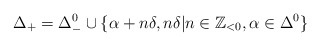
\begin{align*}\Delta_+ = \Delta_-^0 \cup \{ \alpha+n\delta, n\delta | n\in \mathbb Z_{<0}, \alpha \in \Delta^0\}\end{align*}